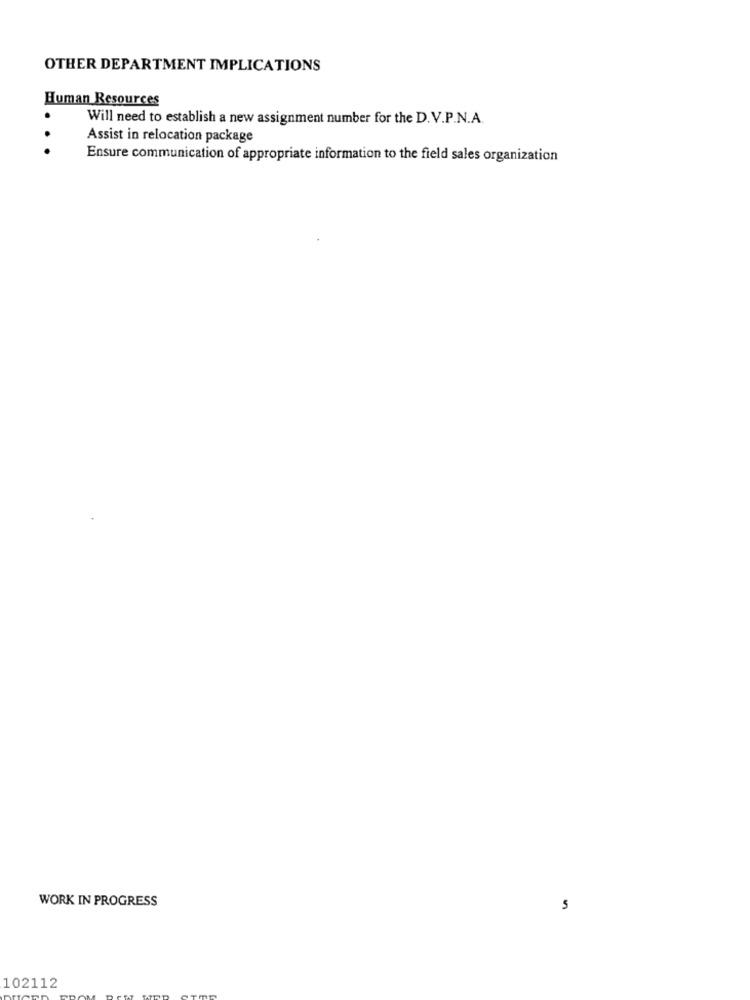
OTHER DEPARTMENT IMPLICATIONS
Human Resources
Will need to establish a new assignment number for the D.V.P.N.A.
Assist in relocation package
Ensure communication of appropriate information to the field sales organization
WORK IN PROGRESS
5
102112